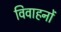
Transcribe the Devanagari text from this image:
विवाहनों